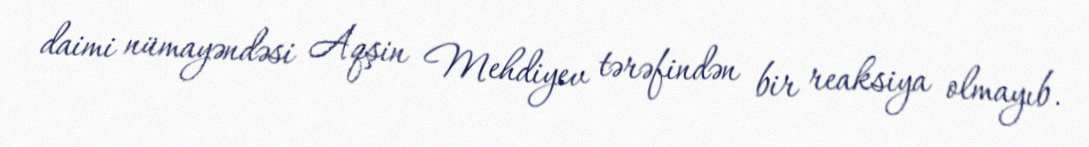
daimi nümayəndəsi Aqşin Mehdiyev tərəfindən bir reaksiya olmayıb.